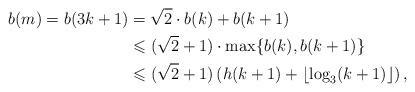
LaTeX: \begin{align*}b(m)=b(3k+1)&=\sqrt{2}\cdot b(k)+b(k+1)\\&\leqslant (\sqrt{2}+1)\cdot\max\{b(k),b(k+1)\}\\&\leqslant (\sqrt{2}+1)\left(h(k+1)+\lfloor \log_3(k+1)\rfloor\right),\end{align*}